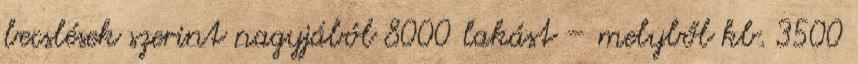
becslések szerint nagyjából 8000 lakást – melyből kb. 3500